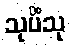
သုပိံသု